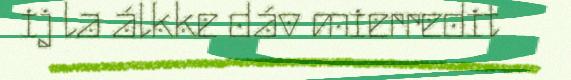
ij la álkke dáv mierredit